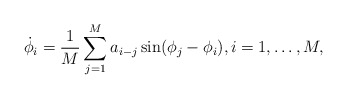
\begin{align*}\dot\phi_i = \frac 1M \sum_{j=1}^M a_{i-j} \sin(\phi_j-\phi_i),i=1,\dots,M,\end{align*}